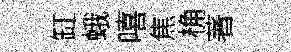
缸蛾嘻焦桷著